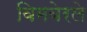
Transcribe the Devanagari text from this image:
विमबेरले